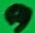
Text: 9